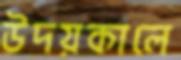
উদয়কালে